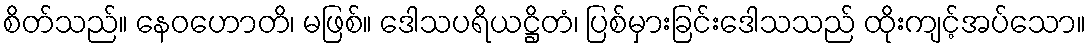
စိတ်သည်။ နေဝဟောတိ၊ မဖြစ်။ ဒေါသပရိယဋ္ဌိတံ၊ ပြစ်မှားခြင်းဒေါသသည် ထိုးကျင့်အပ်သော။